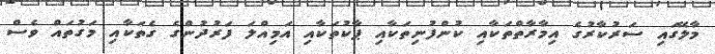
މާލޭގައި ސަރުކާރުގެ އިމާރާތްތަކާއި ކުންފުނިތަކާއި ޕާކުތަކާއި އަމިއްލަ ފަރުދުންގެ ގެތަކާއި މަގުތައް ވެސް